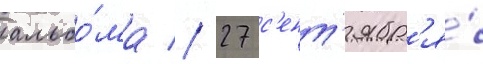
альбо́ма // 27 с'ент'ябр'я́